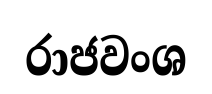
රාජවංශ